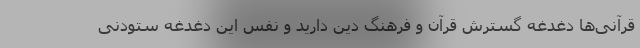
قرآنی‌ها دغدغه گسترش قرآن و فرهنگ دین دارید و نفس این دغدغه ستودنی